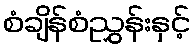
စံချိန်စံညွှန်းနှင့်